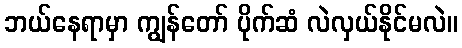
ဘယ်နေရာမှာ ကျွန်တော် ပိုက်ဆံ လဲလှယ်နိုင်မလဲ။